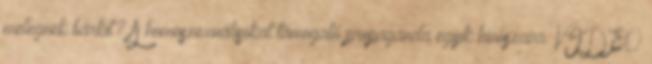
melegnek bárkit? A homoszexuálisokat támogató propaganda egyik hívószava. VIDEO